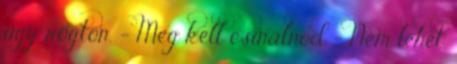
úgy rögtön. - Meg kell csinálnod - Nem lehet.